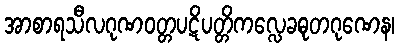
အာစာရသီလဂုဏဝတ္တပဋိပတ္တိကလ္လေခဓုတဂုဏေန၊